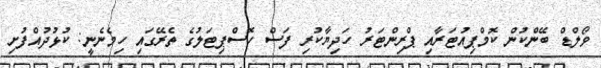
ވޯލްޑް ބޭންކުން ކޮމްޕިއުޓަރާއި ޕްރިންޓަރު ހަދިޔާކުރި ފަސް ހޮސްޕިޓަލުގެ ތެރޭގައި ހިމެނެނީ: ކުޅުދުއްފުށި